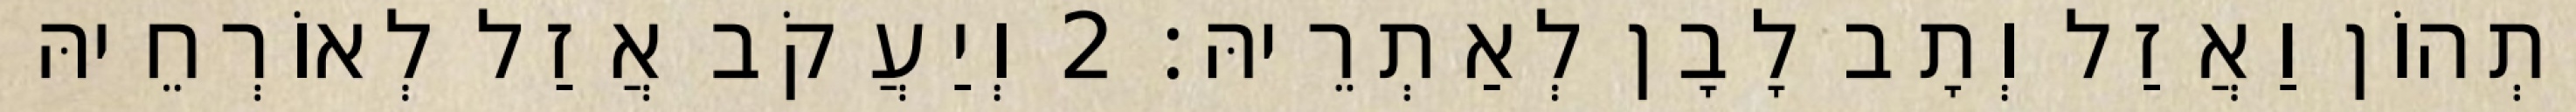
יָתְהוֹן וַאֲזַל וְתָב לָבָן לְאַתְרֵיהּ׃ 2 וְיַעֲקֹב אֲזַל לְאוֹרְחֵיהּ